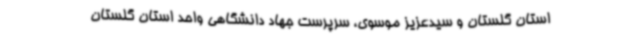
استان گلستان و سیدعزیز موسوی، سرپرست جهاد دانشگاهی واحد استان گلستان